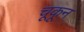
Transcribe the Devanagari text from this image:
चूकून